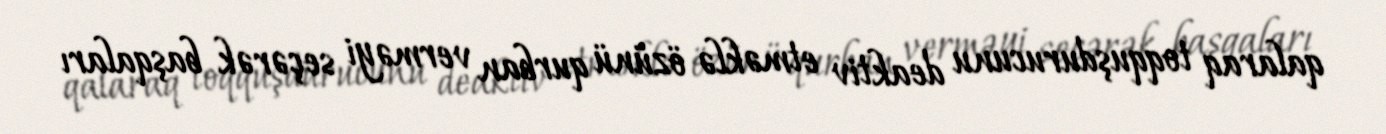
qalaraq toqquşdurucunu deaktiv etməklə özünü qurban verməyi seçərək başqaları